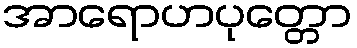
အာရောဟပုတ္တော